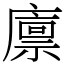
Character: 廪